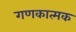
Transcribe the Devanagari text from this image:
गणकात्मक